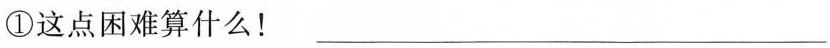
①这点困难算什么！___